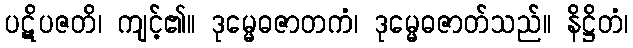
ပဋိပဇတိ၊ ကျင့်၏။ ဒုမ္မေဓဇာတကံ၊ ဒုမ္မေဓဇာတ်သည်။ နိဋ္ဌိတံ၊